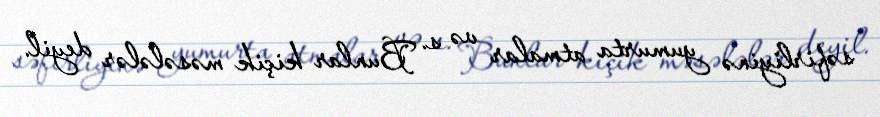
səfirliyinə yumurta atmalar və s. Bunlar kiçik məsələlər deyil.